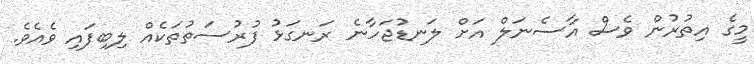
މީގެ އިތުރުން ވެސް އާސެނަލް އަށް ލަނޑުޖަހާނެ ރަނގަޅު ފުރުސަތުތަކެއް ލިބިފައި ވެއެވެ.